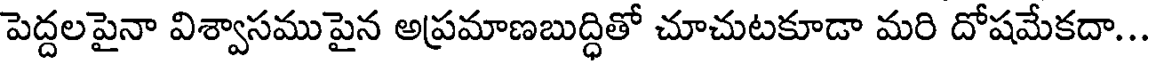
పెద్దలపైనా విశ్వాసముపైన అప్రమాణబుద్ధితో చూచుటకూడా మరి దోషమేకదా...